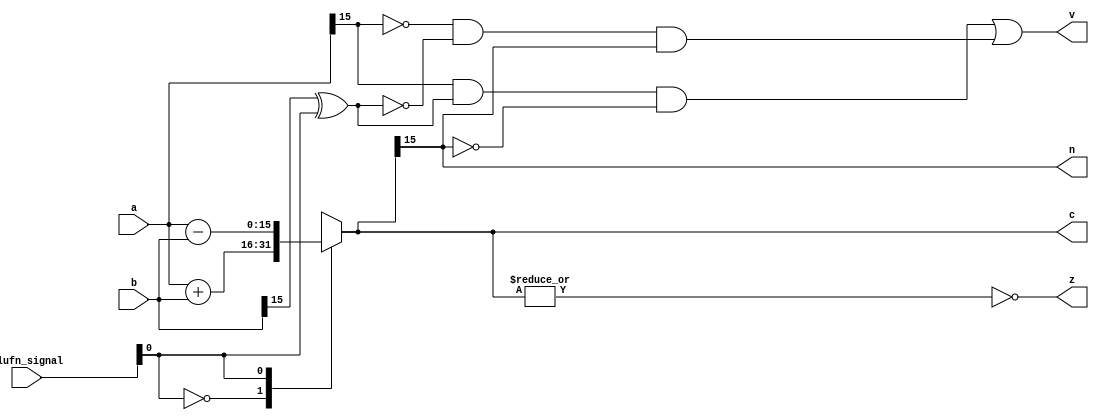
module adder_18 (
    input [15:0] a,
    input [15:0] b,
    input [5:0] alufn_signal,
    output reg [15:0] c,
    output reg [0:0] z,
    output reg [0:0] v,
    output reg [0:0] n
  );
  
  
  
  reg [15:0] s;
  
  always @* begin
    s = 16'h0000;
    
    case (alufn_signal[0+0-:1])
      1'h0: begin
        s = a + b;
      end
      1'h1: begin
        s = a - b;
      end
      default: begin
        s = 16'h0000;
      end
    endcase
    z = ~(|s);
    v = (a[15+0-:1] & (b[15+0-:1] ^ alufn_signal[0+0-:1]) & ~s[15+0-:1]) | (~a[15+0-:1] & ~(b[15+0-:1] ^ alufn_signal[0+0-:1]) & s[15+0-:1]);
    n = s[15+0-:1];
    c = s;
  end
endmodule